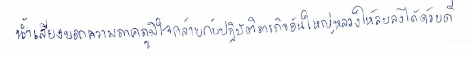
น้ำเสียงบอกความภาคภูมิใจคล้ายกับปฏิบัติภารกิจอันใหญ่หลวงให้จบลงได้ด้วยดี